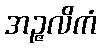
အဉ္ဇလိကံ